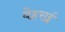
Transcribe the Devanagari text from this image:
वेहराई